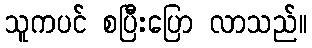
သူကပင် စပြီးပြော လာသည်။